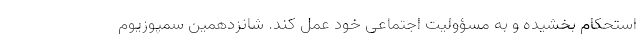
استحکام بخشیده و به مسؤولیت اجتماعی خود عمل کند. شانزدهمین سمپوزیوم